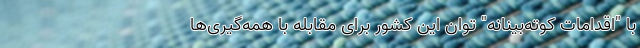
با "اقدامات کوته‌بینانه" توان این کشور برای مقابله با همه‌گیری‌ها